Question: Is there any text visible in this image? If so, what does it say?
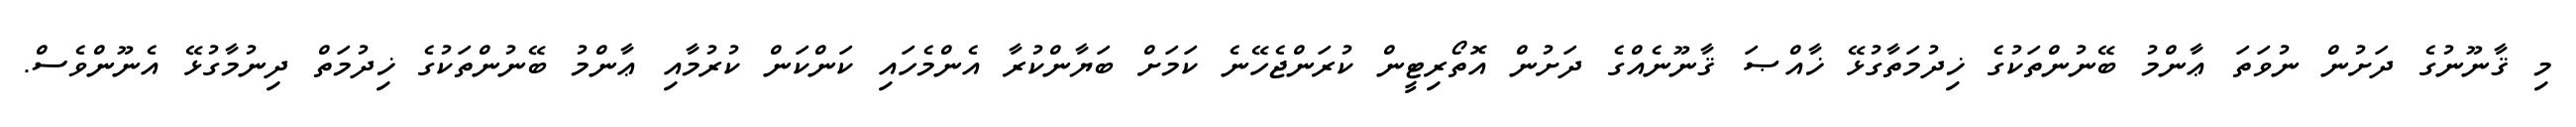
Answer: މި ޤާނޫނުގެ ދަށުން ނުވަތަ ޢާންމު ބޭނުންތަކުގެ ޚިދުމަތާގުޅޭ ޚާއްޞަ ޤާނޫނެއްގެ ދަށުން އޮތޯރިޓީން ކުރަންޖެހޭނެ ކަމަށް ބަޔާންކުރާ އެންމެހައި ކަންކަން ކުރުމާއި ޢާންމު ބޭނުންތަކުގެ ޚިދުމަތް ދިނުމާގުޅޭ އެނޫންވެސް.